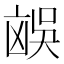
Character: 𪞻